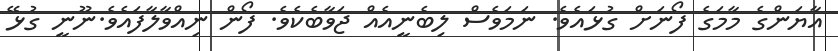
އާޔަންގެ މާމަގެ ފޯނަށް ގުޅައެވެ. ނަމަވެސް ލިބެނީއެއް ޖަވާބެކެވެ. ފޯން ނިއްވާލާފައެވެ.ނޫނީ ގުޅޭ